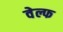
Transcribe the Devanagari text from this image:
वेल्फ